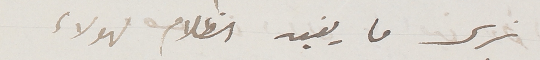
نرى ما يفيد الظلام لهولاء